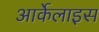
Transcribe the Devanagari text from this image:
आर्केलाइस